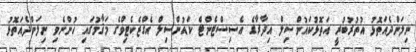
ނިލަންދެއަތޮޅު އުތުރުބުރީ އަތޮޅުކައުންސިލް އިދާރާގެ އެސިސްޓެންޓް ކައުންސިލް އެގްޒެކެޓިވްގެ މަޤާމުގައި ހުންނެވި ނިލަންދެއަތޮޅު